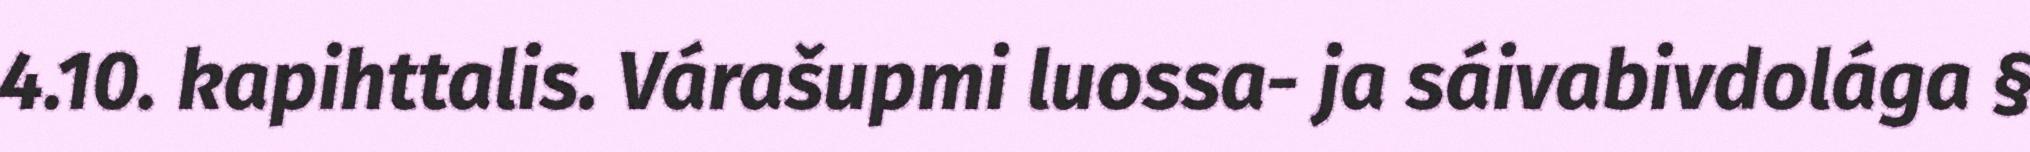
4.10. kapihttalis. Várašupmi luossa- ja sáivabivdolága §